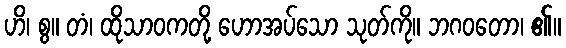
ဟိ၊ စွ။ တံ၊ ထိုသာဝကတို့ ဟောအပ်သော သုတ်ကို။ ဘဂဝတော၊ ၏။